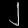
Digit: ၂